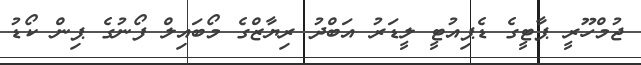
ޖުމްހޫރީ ޕާޓީގެ ޑެޕިއުޓީ ލީޑަރު އަބްދު ރިޔާޒްގެ މޯބައިލް ފޯނުގެ ޕިން ކޯޑު